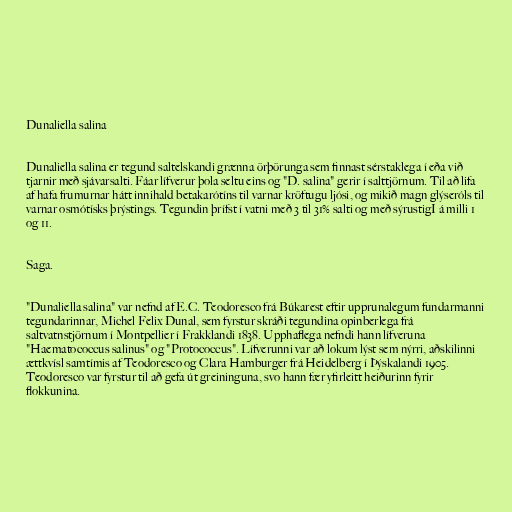
Dunaliella salina

Dunaliella salina er tegund saltelskandi grænna örþörunga sem finnast sérstaklega í eða við
tjarnir með sjávarsalti. Fáar lífverur þola seltu eins og "D. salina" gerir í salttjörnum. Til að lifa
af hafa frumurnar hátt innihald betakarótíns til varnar kröftugu ljósi, og mikið magn glýseróls til
varnar osmótísks þrýstings. Tegundin þrífst í vatni með 3 til 31% salti og með sýrustigI á milli 1
og 11.

Saga.

"Dunaliella salina" var nefnd af E.C. Teodoresco frá Búkarest eftir upprunalegum fundarmanni
tegundarinnar, Michel Felix Dunal, sem fyrstur skráði tegundina opinberlega frá
saltvatnstjörnum í Montpellier í Frakklandi 1838. Upphaflega nefndi hann lífveruna
"Haematococcus salinus" og "Protococcus". Lífverunni var að lokum lýst sem nýrri, aðskilinni
ættkvísl samtímis af Teodoresco og Clara Hamburger frá Heidelberg í Þýskalandi 1905.
Teodoresco var fyrstur til að gefa út greininguna, svo hann fær yfirleitt heiðurinn fyrir
flokkunina.